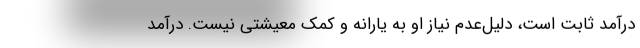
درآمد ثابت است، دلیل‌عدم نیاز او به یارانه و کمک معیشتی نیست. درآمدِ